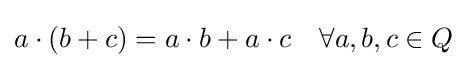
a\cdot (b+c)=a\cdot b+a\cdot c\quad \forall a,b,c\in Q